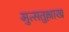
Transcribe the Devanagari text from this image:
मुत्सतुश्लाख